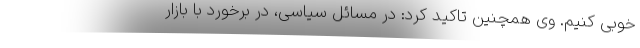
خوبی کنیم. وی همچنین تاکید کرد: در مسائل سیاسی، در برخورد با بازار